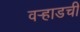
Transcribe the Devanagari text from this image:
वर्‍हाडची